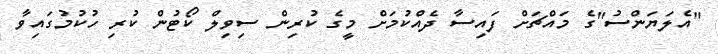
"އެލަޔަންސު"ގެ މައްޗަށް ފައިސާ ދެއްކުމަށް މީގެ ކުރިން ސިވިލް ކޯޓުން ކުރި ހުކުމުގައިވާ